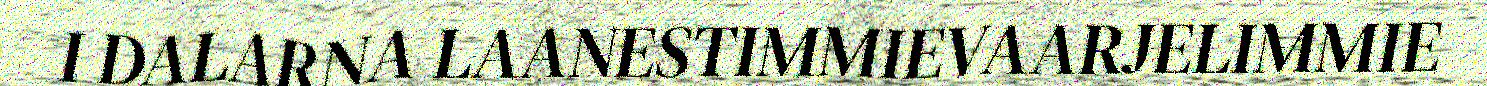
I DALARNA LAANESTIMMIEVAARJELIMMIE